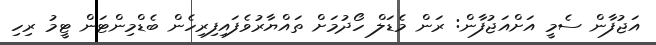
އަޖުފާން ސެމީ އަށްއަޖުފާން: ރަން މެޑަލް ހޯދުމަށް ތައްޔާރުވެފައިފިރިހެން ބެޑްމިންޓަން ޓީމު ރިހި